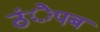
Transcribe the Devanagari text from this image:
ठंेपब